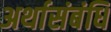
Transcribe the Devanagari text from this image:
अर्थासंबंधि